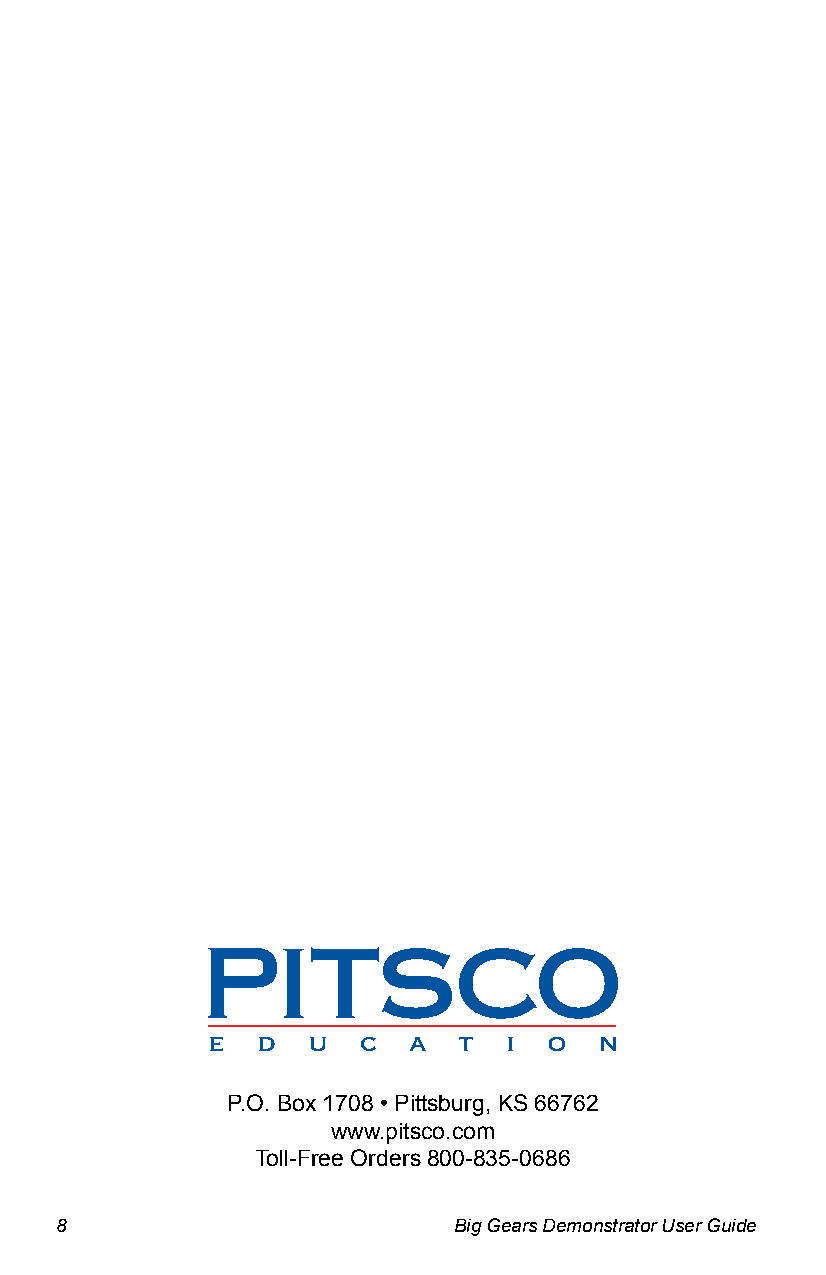
P.O. Box 1708 • Pittsburg, KS 66762
 www.pitsco.com
 Toll-Free Orders 800-835-0686
 8                         Big Gears Demonstrator User Guide